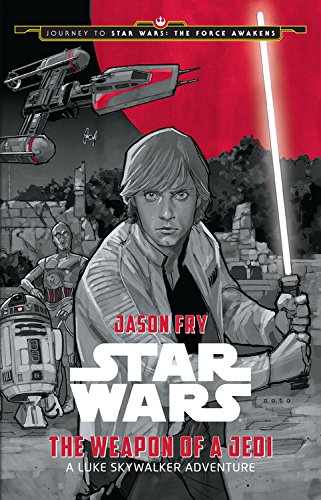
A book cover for Journey to Star Wars: The Force Awakens The Weapon of a Jedi: A Luke Skywalker Adventure; Jason Fry; Children's Books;